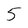
Character: 5